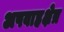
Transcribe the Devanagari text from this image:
अपवाहक्षेत्र